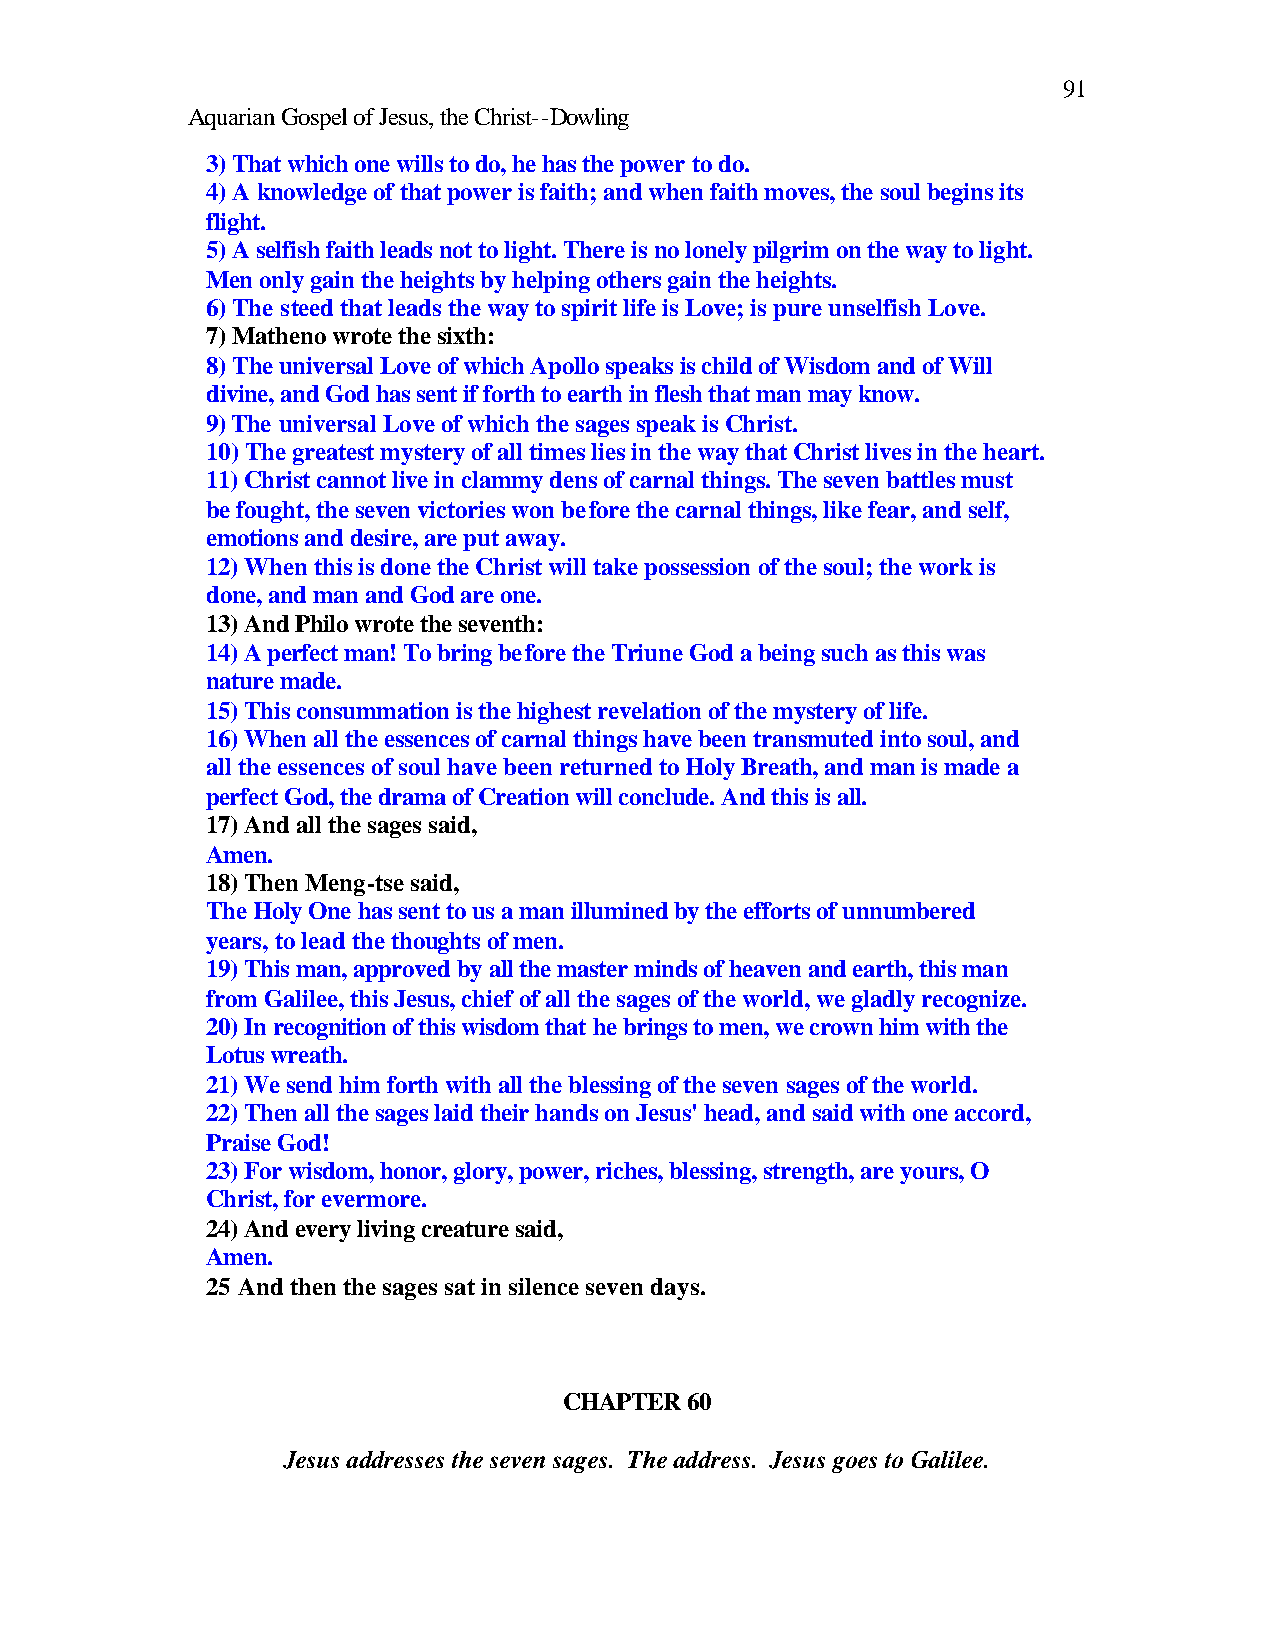
91
 Aquarian Gospel of Jesus, the Christ--Dowling
 3) That which one wills to do, he has the power to do.
 4) A knowledge of that power is faith; and when faith moves, the soul begins its
 flight.
 5) A selfish faith leads not to light. There is no lonely pilgrim on the way to light.
 Men only gain the heights by helping others gain the heights.
 6) The steed that leads the way to spirit life is Love; is pure unselfish Love.
 7) Matheno wrote the sixth:
 8) The universal Love of which Apollo speaks is child of Wisdom and of Will
 divine, and God has sent if forth to earth in flesh that man may know.
 9) The universal Love of which the sages speak is Christ.
 10) The greatest mystery of all times lies in the way that Christ lives in the heart.
 11) Christ cannot live in clammy dens of carnal things. The seven battles must
 be fought, the seven victories won before the carnal things, like fear, and self,
 emotions and desire, are put away.
 12) When this is done the Christ will take possession of the soul; the work is
 done, and man and God are one.
 13) And Philo wrote the seventh:
 14) A perfect man! To bring before the Triune God a being such as this was
 nature made.
 15) This consummation is the highest revelation of the mystery of life.
 16) When all the essences of carnal things have been transmuted into soul, and
 all the essences of soul have been returned to Holy Breath, and man is made a
 perfect God, the drama of Creation will conclude. And this is all.
 17) And all the sages said,
 Amen.
 18) Then Meng-tse said,
 The Holy One has sent to us a man illumined by the efforts of unnumbered
 years, to lead the thoughts of men.
 19) This man, approved by all the master minds of heaven and earth, this man
 from Galilee, this Jesus, chief of all the sages of the world, we gladly recognize.
 20) In recognition of this wisdom that he brings to men, we crown him with the
 Lotus wreath.
 21) We send him forth with all the blessing of the seven sages of the world.
 22) Then all the sages laid their hands on Jesus' head, and said with one accord,
 Praise God!
 23) For wisdom, honor, glory, power, riches, blessing, strength, are yours, O
 Christ, for evermore.
 24) And every living creature said,
 Amen.
 25 And then the sages sat in silence seven days.
 CHAPTER 60
 Jesus addresses the seven sages. The address. Jesus goes to Galilee.